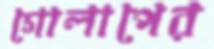
গোলাপের